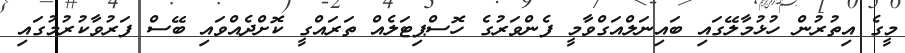
މީގެ އިތުރުން ހުޅުމާލޭގައި ބައިނަލްއަގްވާމީ ފެންވަރުގެ ހޮސްޕިޓަލެއް ތަރައްގީ ކޮށްދެއްވައި ބޭސް ފަރުވާކުރުމުގައި